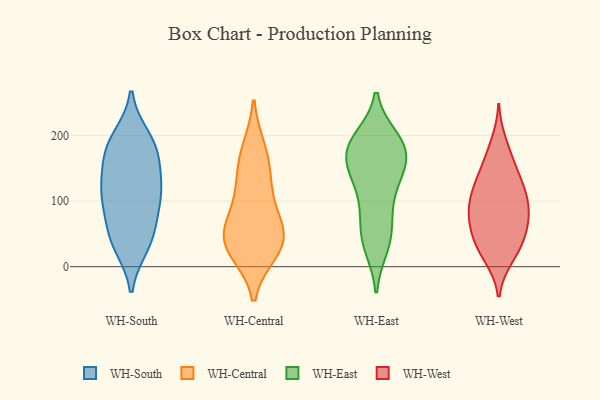
{"axis": {"x": "Production Output", "y": "Value"}, "legend": ["WH-Central", "WH-East", "WH-South", "WH-West"], "data": [{"x": "", "y": 158, "type": "WH-South"}, {"x": "", "y": 65, "type": "WH-South"}, {"x": "", "y": 33, "type": "WH-South"}, {"x": "", "y": 107, "type": "WH-South"}, {"x": "", "y": 170, "type": "WH-South"}, {"x": "", "y": 124, "type": "WH-South"}, {"x": "", "y": 93, "type": "WH-South"}, {"x": "", "y": 115, "type": "WH-South"}, {"x": "", "y": 182, "type": "WH-South"}, {"x": "", "y": 41, "type": "WH-South"}, {"x": "", "y": 41, "type": "WH-South"}, {"x": "", "y": 196, "type": "WH-South"}, {"x": "", "y": 118, "type": "WH-South"}, {"x": "", "y": 188, "type": "WH-South"}, {"x": "", "y": 23, "type": "WH-Central"}, {"x": "", "y": 168, "type": "WH-Central"}, {"x": "", "y": 42, "type": "WH-Central"}, {"x": "", "y": 78, "type": "WH-Central"}, {"x": "", "y": 125, "type": "WH-Central"}, {"x": "", "y": 179, "type": "WH-Central"}, {"x": "", "y": 32, "type": "WH-Central"}, {"x": "", "y": 60, "type": "WH-Central"}, {"x": "", "y": 54, "type": "WH-Central"}, {"x": "", "y": 123, "type": "WH-Central"}, {"x": "", "y": 27, "type": "WH-Central"}, {"x": "", "y": 175, "type": "WH-East"}, {"x": "", "y": 191, "type": "WH-East"}, {"x": "", "y": 31, "type": "WH-East"}, {"x": "", "y": 40, "type": "WH-East"}, {"x": "", "y": 195, "type": "WH-East"}, {"x": "", "y": 68, "type": "WH-East"}, {"x": "", "y": 135, "type": "WH-East"}, {"x": "", "y": 167, "type": "WH-East"}, {"x": "", "y": 39, "type": "WH-East"}, {"x": "", "y": 175, "type": "WH-East"}, {"x": "", "y": 104, "type": "WH-East"}, {"x": "", "y": 158, "type": "WH-East"}, {"x": "", "y": 83, "type": "WH-East"}, {"x": "", "y": 181, "type": "WH-East"}, {"x": "", "y": 135, "type": "WH-East"}, {"x": "", "y": 195, "type": "WH-East"}, {"x": "", "y": 141, "type": "WH-East"}, {"x": "", "y": 164, "type": "WH-West"}, {"x": "", "y": 83, "type": "WH-West"}, {"x": "", "y": 126, "type": "WH-West"}, {"x": "", "y": 94, "type": "WH-West"}, {"x": "", "y": 120, "type": "WH-West"}, {"x": "", "y": 14, "type": "WH-West"}, {"x": "", "y": 111, "type": "WH-West"}, {"x": "", "y": 37, "type": "WH-West"}, {"x": "", "y": 104, "type": "WH-West"}, {"x": "", "y": 77, "type": "WH-West"}, {"x": "", "y": 73, "type": "WH-West"}, {"x": "", "y": 157, "type": "WH-West"}, {"x": "", "y": 39, "type": "WH-West"}, {"x": "", "y": 189, "type": "WH-West"}, {"x": "", "y": 131, "type": "WH-West"}, {"x": "", "y": 69, "type": "WH-West"}, {"x": "", "y": 16, "type": "WH-West"}, {"x": "", "y": 36, "type": "WH-West"}, {"x": "", "y": 61, "type": "WH-West"}]}